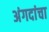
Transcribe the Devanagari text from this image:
अंगदांचा